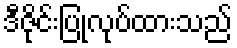
ဒီဇိုင်းပြုလုပ်ထားသည်